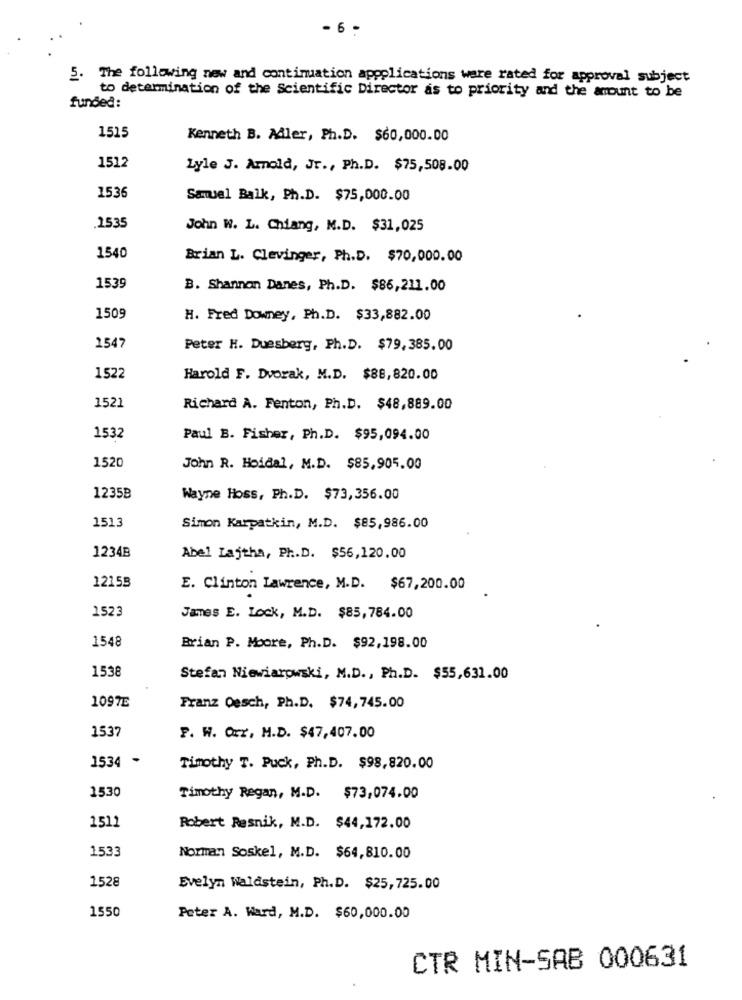
- 6 .
5.
The following new and continuation applications ware rated for approval subject
to determination of the Scientific Director as to priority and the amount to be
funded:
1515
Kenneth B. Måler, Ph.D. $60,000.00
1512
Lyle J. Amold, Jr ., Ph.D. $75,508.00
1536
Samuel Balk, Ph.D. $75,000.00
.1535
John W. L. Chiang, M.D. $31,025
1540
Brian L. Clevinger, Ph.D. $70,000.00
1539
B. Shannon Danes, Ph.D. $86,211.00
1509
H. Fred Downey, Ph.D. $33,882.00
1547
Peter H. Duesberg, Ph.D. $79, 385.00
1522
Harold F. Dvorak, M.D. $88,820.00
1521
Richard A. Fenton, Ph.D. $48,889.00
1532
Paul B. Fisher, Ph.D. $95,094.00
1520
John R. Hoidal, M.D. $85,905.00
1235B
Wayne Hoss, Ph.D. $73, 356.00
1513
Simon Karpatkin, M.D. $85,986.00
1234B
Abel Lajtha, Pr .. D. $56,120.00
12153
E. Clinton Lawrence, M.D. $67,200.00
1523
James E. Lock, M.D. $85,784.00
1548
Brian P. Moore, Ph.D. $92,198.00
1538
Stefan Niewiarowski, M.D ., Ph.D. $55,631.00
1097E
Franz Oesch, Ph.D. $74,745.00
1537
F. W. Oxx, M.D. $47,407.00
1534
Timothy T. Puck, Ph.D. $98,820.00
1530
Timothy Regan, M.D.
$73,074.00
1511
Robert Resnik, M.D. $44,172.00
1533
Norman Soskel, M.D. $64,810.00
1528
Evelyn Waldstein, Ph.D. $25,725.00
1550
Peter A. Ward, M.D. $60,000.00
CTR MIN-SAB 000631